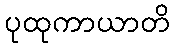
ပုထုကာယာတိ